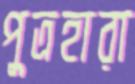
পুত্রহারা